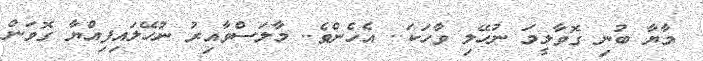
މާޔާ ބުނި ގޮވާލީމަ ނުހޭލި ވާހަކަ.. އެހެންވެ.. މާލަސްވާއިރު ނުހޭލައިފިއްޔާ ގޮވަން